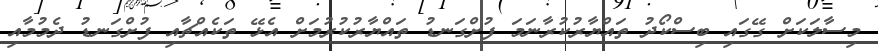
މިސާލަކަށް ގޭގައި ބިސްކޯދު ތައްޔާރުކުރާނަމަ ފުށްގަނޑު ތައްޔާރުކުރުމަށް އެޅޭ ތަކެއްޗާއި ފުށްގަނޑު ދެމުމާއި